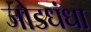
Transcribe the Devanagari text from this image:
जोडधंधा